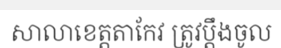
សាលាខេត្តតាកែវ ត្រូវប្តឹងចូល